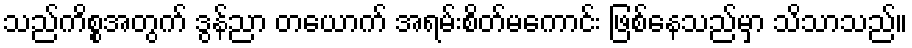
သည်ကိစ္စအတွက် ဒွန်ညာ တယောက် အရမ်းစိတ်မကောင်း ဖြစ်နေသည်မှာ သိသာသည်။